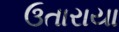
ઉતારાયા